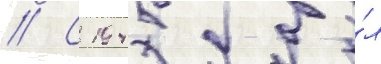
// С 1945 бы́л